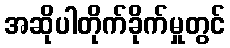
အဆိုပါတိုက်ခိုက်မှုတွင်